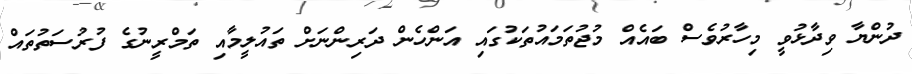
ދުންޔާ ވިދާޅުވީ މިހާރުވެސް ބައެއް މުޖުތަމައުތަކުގައި އަންހެން ދަރިންނަށް ތައުލީމާއި ތަމްރީނުގެ ފުރުސަތުތައް